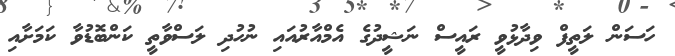
ހަސަން ލަތީފް ވިދާޅުވީ ރައީސް ނަޝީދުގެ އެމްއާރުއައި ނުހުދި ލަސްވާތީ ކަންބޮޑުވާ ކަމަށާއި